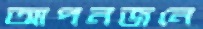
আপনজনে